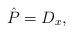
LaTeX: \begin{align*}\hat P=D_x,\end{align*}